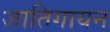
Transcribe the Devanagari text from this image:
जातिगायन